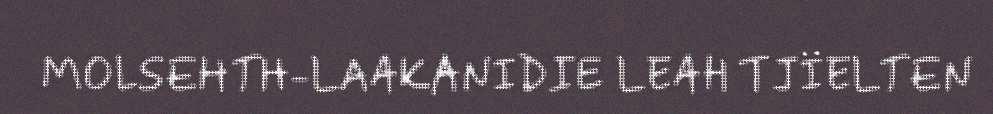
MOLSEHTH-LAAKANIDIE LEAH TJÏELTEN